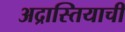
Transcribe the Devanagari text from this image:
अद्रास्तियाची